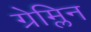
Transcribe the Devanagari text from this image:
ग्रेम्लिन